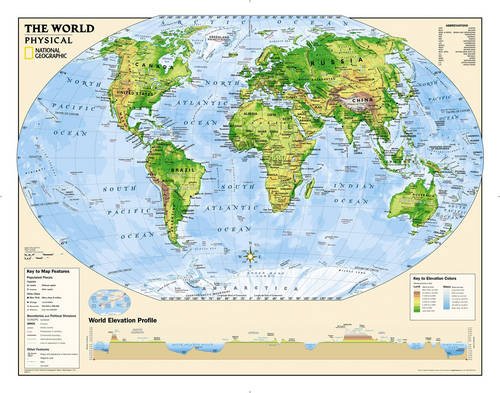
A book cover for Kids Physical World Education: Grades 4-12 [Laminated] (National Geographic Reference Map); National Geographic Maps - Reference; Reference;